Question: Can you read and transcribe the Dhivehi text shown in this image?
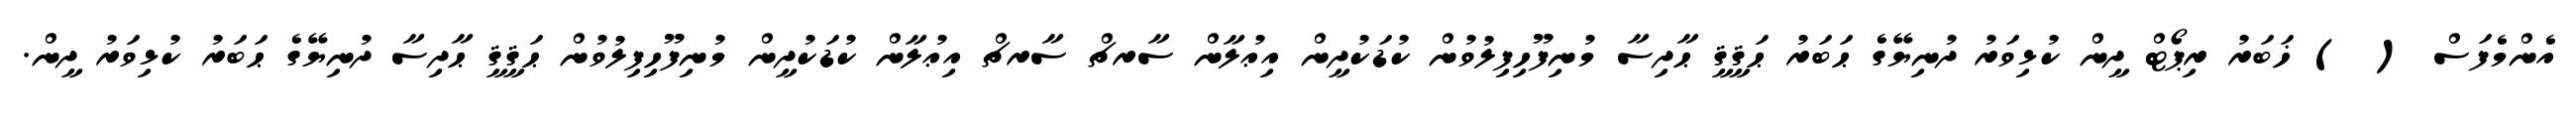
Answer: އެންމެފަސް ( ) ޚަބަރު ރިޕޯޓް ދީން ކުޅިވަރު ދުނިޔޭގެ ޙަބަރު ޙަޤީޤީ ޙާދިސާ މުނިފޫހިފިލުވުން ކުޑަކުދީން އިޢުލާން ސާރޗް ސާރޗް އިޢުލާން ކުޑަކުދީން މުނިފޫހިފިލުވުން ޙަޤީޤީ ޙާދިސާ ދުނިޔޭގެ ޙަބަރު ކުޅިވަރު ދީން.